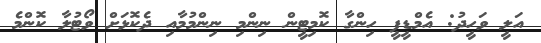
އަލީ ވަހީދު: އެމްޑީޕީ ހިންގާ ކޮމިޓީން ނިންމި ނިންމުމާއި ދެކޮޅަށް ވޯޓުލާ ކޮންމެ